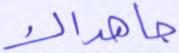
جاهداك